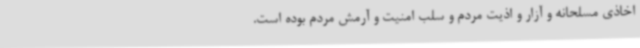
اخاذی مسلحانه و آزار و اذیت مردم و سلب امنیت و آرمش مردم بوده است.